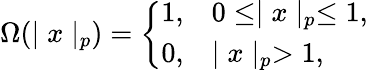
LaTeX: \Omega(\mid x\mid_{p})=\left\{ \begin{array}{ll}{{1,}}&{{0\leq\mid x\mid_{p}\leq 1,}}\\ {{0,}}&{{\mid x\mid_{p}>1,}}\end{array}\right.